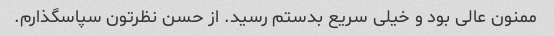
ممنون عالی بود و خیلی سریع بدستم رسید. از حسن نظرتون سپاسگذارم.